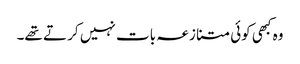
وہ کبھی کوئی متنازعہ بات نہیں کر تے تھے۔